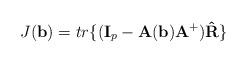
LaTeX: \begin{align*}J(\mathbf{b})= tr\{(\mathbf{I}_p-\mathbf{A(b)}\mathbf{A}^{+})\mathbf{\hat{R}}\}\end{align*}